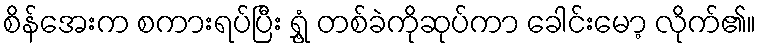
စိန်အေးက စကားရပ်ပြီး ရွှံ့ တစ်ခဲကိုဆုပ်ကာ ခေါင်းမော့ လိုက်၏။